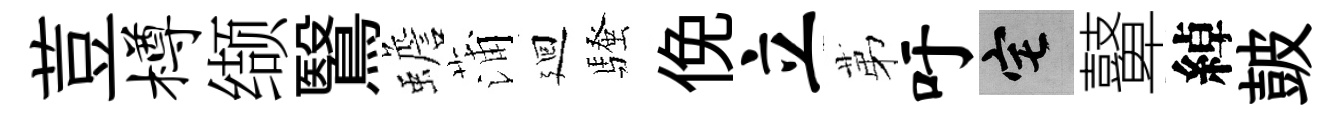
荳樽缬鷖蟾蒲廻騷俛立苐吁宅鼙綽皷